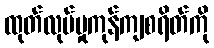
ထုတ်လုပ်မှုကုန်ကျစရိတ်ကို